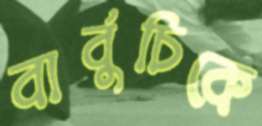
বার্বুচিকে